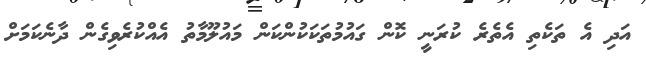
އަދި އެ ތަކެތި އެތެރެ ކުރަނީ ކޮން ގައުމުތަކަކުންކަން މައުލޫމާތު އެއްކުރެވިގެން ދާނެކަމަށް